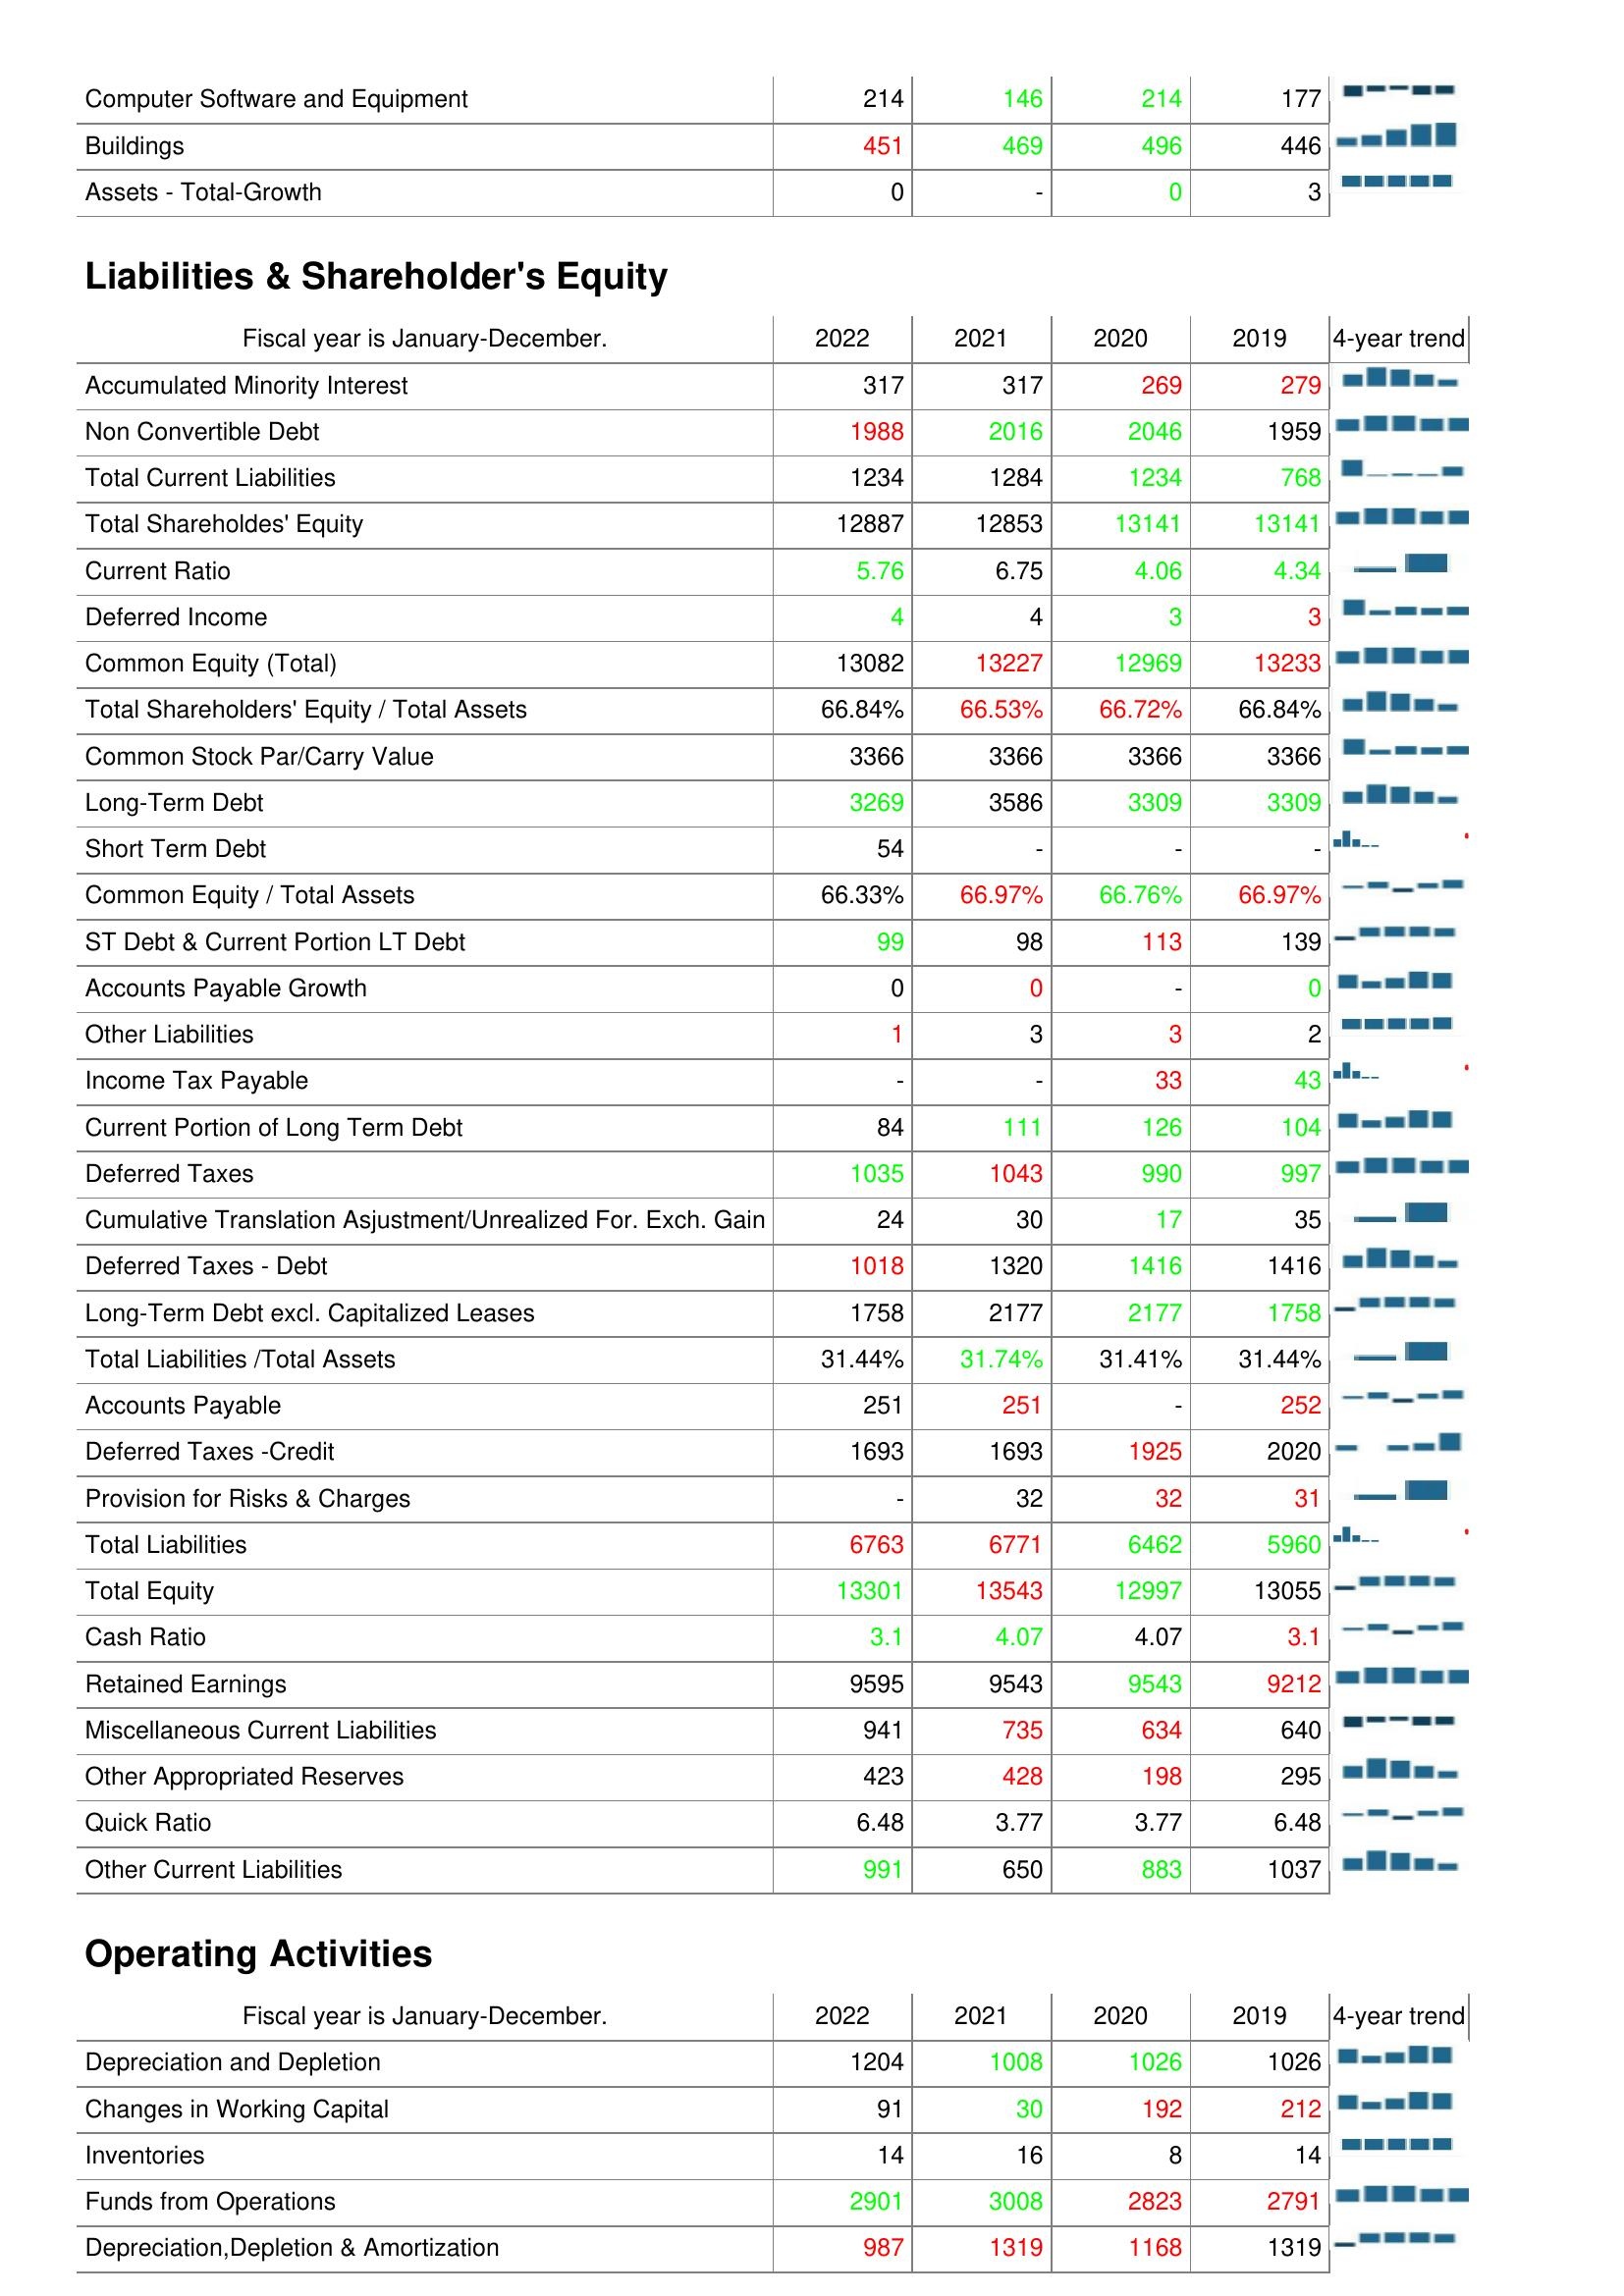
2022: Assets: Computer Software and Equipment: 214
Buildings: 451
Assets - Total-Growth: 0
Liabilities & Shareholder's Equity: Accumulated Minority Interest: 317
Non Convertible Debt: 1988
Total Current Liabilities: 1234
Total Shareholdes' Equity: 12887
Current Ratio: 5.76
Deferred Income: 4
Common Equity (Total): 13082
Total Shareholders' Equity / Total Assets: 66.84%
Common Stock Par/Carry Value: 3366
Long-Term Debt: 3269
Short Term Debt: 54
Common Equity / Total Assets: 66.33%
ST Debt & Current Portion LT Debt: 99
Accounts Payable Growth: 0
Other Liabilities: 1
Income Tax Payable: -
Current Portion of Long Term Debt: 84
Deferred Taxes: 1035
Cumulative Translation Asjustment/Unrealized For. Exch. Gain: 24
Deferred Taxes - Debt: 1018
Long-Term Debt excl. Capitalized Leases: 1758
Total Liabilities /Total Assets: 31.44%
Accounts Payable: 251
Deferred Taxes -Credit: 1693
Provision for Risks & Charges: -
Total Liabilities: 6763
Total Equity: 13301
Cash Ratio: 3.1
Retained Earnings: 9595
Miscellaneous Current Liabilities: 941
Other Appropriated Reserves: 423
Quick Ratio: 6.48
Other Current Liabilities: 991
Operating Activities: Depreciation and Depletion: 1204
Changes in Working Capital: 91
Inventories: 14
Funds from Operations: 2901
Depreciation,Depletion & Amortization: 987
2021: Assets: Computer Software and Equipment: 146
Buildings: 469
Assets - Total-Growth: -
Liabilities & Shareholder's Equity: Accumulated Minority Interest: 317
Non Convertible Debt: 2016
Total Current Liabilities: 1284
Total Shareholdes' Equity: 12853
Current Ratio: 6.75
Deferred Income: 4
Common Equity (Total): 13227
Total Shareholders' Equity / Total Assets: 66.53%
Common Stock Par/Carry Value: 3366
Long-Term Debt: 3586
Short Term Debt: -
Common Equity / Total Assets: 66.97%
ST Debt & Current Portion LT Debt: 98
Accounts Payable Growth: 0
Other Liabilities: 3
Income Tax Payable: -
Current Portion of Long Term Debt: 111
Deferred Taxes: 1043
Cumulative Translation Asjustment/Unrealized For. Exch. Gain: 30
Deferred Taxes - Debt: 1320
Long-Term Debt excl. Capitalized Leases: 2177
Total Liabilities /Total Assets: 31.74%
Accounts Payable: 251
Deferred Taxes -Credit: 1693
Provision for Risks & Charges: 32
Total Liabilities: 6771
Total Equity: 13543
Cash Ratio: 4.07
Retained Earnings: 9543
Miscellaneous Current Liabilities: 735
Other Appropriated Reserves: 428
Quick Ratio: 3.77
Other Current Liabilities: 650
Operating Activities: Depreciation and Depletion: 1008
Changes in Working Capital: 30
Inventories: 16
Funds from Operations: 3008
Depreciation,Depletion & Amortization: 1319
2020: Assets: Computer Software and Equipment: 214
Buildings: 496
Assets - Total-Growth: 0
Liabilities & Shareholder's Equity: Accumulated Minority Interest: 269
Non Convertible Debt: 2046
Total Current Liabilities: 1234
Total Shareholdes' Equity: 13141
Current Ratio: 4.06
Deferred Income: 3
Common Equity (Total): 12969
Total Shareholders' Equity / Total Assets: 66.72%
Common Stock Par/Carry Value: 3366
Long-Term Debt: 3309
Short Term Debt: -
Common Equity / Total Assets: 66.76%
ST Debt & Current Portion LT Debt: 113
Accounts Payable Growth: -
Other Liabilities: 3
Income Tax Payable: 33
Current Portion of Long Term Debt: 126
Deferred Taxes: 990
Cumulative Translation Asjustment/Unrealized For. Exch. Gain: 17
Deferred Taxes - Debt: 1416
Long-Term Debt excl. Capitalized Leases: 2177
Total Liabilities /Total Assets: 31.41%
Accounts Payable: -
Deferred Taxes -Credit: 1925
Provision for Risks & Charges: 32
Total Liabilities: 6462
Total Equity: 12997
Cash Ratio: 4.07
Retained Earnings: 9543
Miscellaneous Current Liabilities: 634
Other Appropriated Reserves: 198
Quick Ratio: 3.77
Other Current Liabilities: 883
Operating Activities: Depreciation and Depletion: 1026
Changes in Working Capital: 192
Inventories: 8
Funds from Operations: 2823
Depreciation,Depletion & Amortization: 1168
2019: Assets: Computer Software and Equipment: 177
Buildings: 446
Assets - Total-Growth: 3
Liabilities & Shareholder's Equity: Accumulated Minority Interest: 279
Non Convertible Debt: 1959
Total Current Liabilities: 768
Total Shareholdes' Equity: 13141
Current Ratio: 4.34
Deferred Income: 3
Common Equity (Total): 13233
Total Shareholders' Equity / Total Assets: 66.84%
Common Stock Par/Carry Value: 3366
Long-Term Debt: 3309
Short Term Debt: -
Common Equity / Total Assets: 66.97%
ST Debt & Current Portion LT Debt: 139
Accounts Payable Growth: 0
Other Liabilities: 2
Income Tax Payable: 43
Current Portion of Long Term Debt: 104
Deferred Taxes: 997
Cumulative Translation Asjustment/Unrealized For. Exch. Gain: 35
Deferred Taxes - Debt: 1416
Long-Term Debt excl. Capitalized Leases: 1758
Total Liabilities /Total Assets: 31.44%
Accounts Payable: 252
Deferred Taxes -Credit: 2020
Provision for Risks & Charges: 31
Total Liabilities: 5960
Total Equity: 13055
Cash Ratio: 3.1
Retained Earnings: 9212
Miscellaneous Current Liabilities: 640
Other Appropriated Reserves: 295
Quick Ratio: 6.48
Other Current Liabilities: 1037
Operating Activities: Depreciation and Depletion: 1026
Changes in Working Capital: 212
Inventories: 14
Funds from Operations: 2791
Depreciation,Depletion & Amortization: 1319